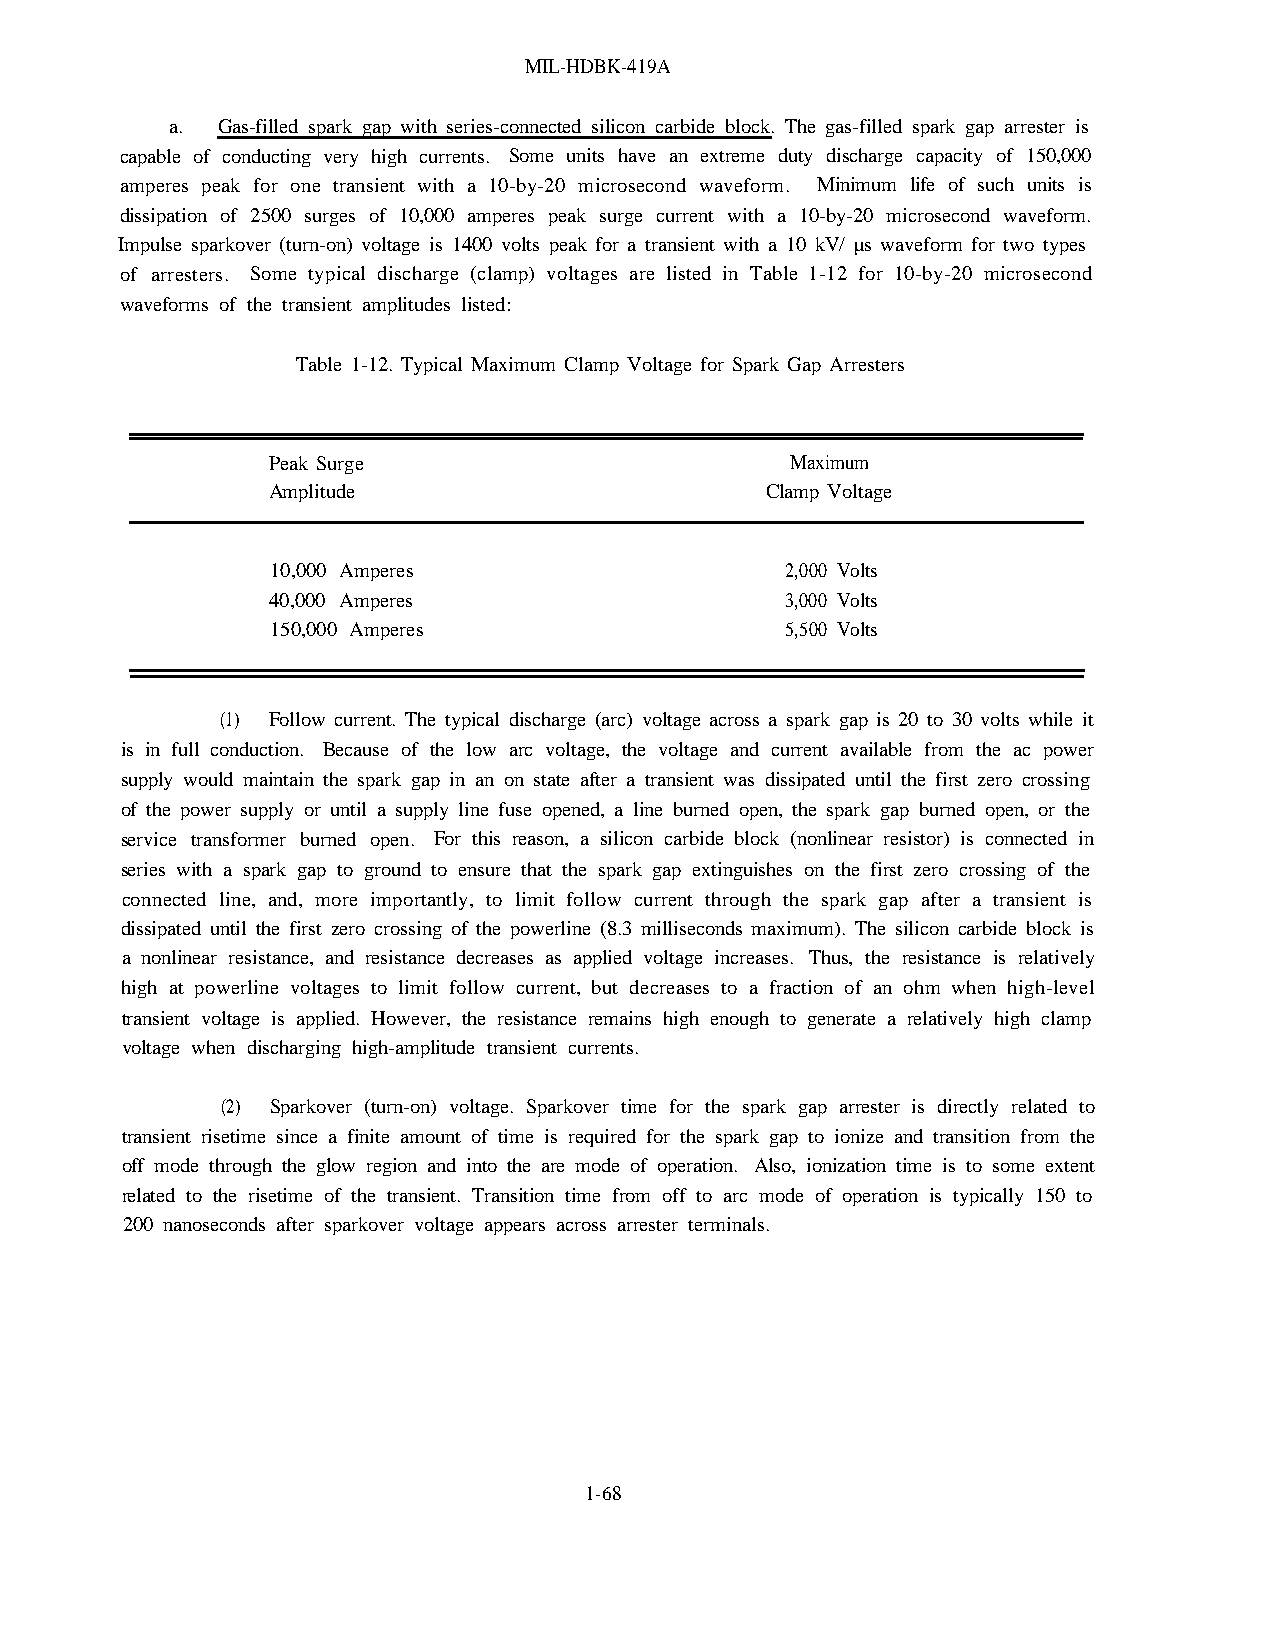
MIL-HDBK-419A
 a. Gas-filled spark gap with series-connected silicon carbide block. The gas-filled spark gap arrester is
 capable of conducting very high currents. Some units have an extreme duty discharge capacity of 150,000
 amperes peak for one transient with a 10-by-20 microsecond waveform. Minimum life of such units is
 dissipation of 2500 surges of 10,000 amperes peak surge current with a 10-by-20 microsecond waveform.
 Impulse sparkover (turn-on) voltage is 1400 volts peak for a transient with a 10 kV/ µs waveform for two types
 of arresters. Some typical discharge (clamp) voltages are listed in Table 1-12 for 10-by-20 microsecond
 waveforms of the transient amplitudes listed:
 Table 1-12. Typical Maximum Clamp Voltage for Spark Gap Arresters
 Peak Surge                        Maximum
 Amplitude                        Clamp Voltage
 10,000 Amperes                    2,000 Volts
 40,000 Amperes                    3,000 Volts
 150,000 Amperes                   5,500 Volts
 (1) Follow current. The typical discharge (arc) voltage across a spark gap is 20 to 30 volts while it
 is in full conduction. Because of the low arc voltage, the voltage and current available from the ac power
 supply would maintain the spark gap in an on state after a transient was dissipated until the first zero crossing
 of the power supply or until a supply line fuse opened, a line burned open, the spark gap burned open, or the
 service transformer burned open. For this reason, a silicon carbide block (nonlinear resistor) is connected in
 series with a spark gap to ground to ensure that the spark gap extinguishes on the first zero crossing of the
 connected line, and, more importantly, to limit follow current through the spark gap after a transient is
 dissipated until the first zero crossing of the powerline (8.3 milliseconds maximum). The silicon carbide block is
 a nonlinear resistance, and resistance decreases as applied voltage increases. Thus, the resistance is relatively
 high at powerline voltages to limit follow current, but decreases to a fraction of an ohm when high-level
 transient voltage is applied. However, the resistance remains high enough to generate a relatively high clamp
 voltage when discharging high-amplitude transient currents.
 (2) Sparkover (turn-on) voltage. Sparkover time for the spark gap arrester is directly related to
 transient risetime since a finite amount of time is required for the spark gap to ionize and transition from the
 off mode through the glow region and into the are mode of operation. Also, ionization time is to some extent
 related to the risetime of the transient. Transition time from off to arc mode of operation is typically 150 to
 200 nanoseconds after sparkover voltage appears across arrester terminals.
 1-68